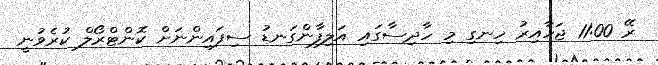
ރޭ 11:00 ޖަހާއިރު ހިނގި މި ހާދިސާގައި އަލިފާންގަނޑު ސިފައިންނަށް ކޮންޓްރޯލް ކުރެވުނީ